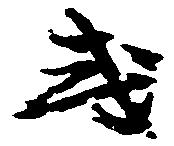
或